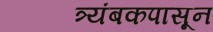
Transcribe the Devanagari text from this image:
त्र्यंबकपासून